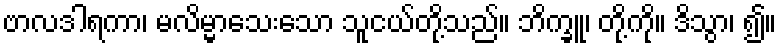
ဗာလဒါရကာ၊ မလိမ္မာသေးသော သူငယ်တို့သည်။ ဘိက္ခူ၊ တို့ကို။ ဒိသွာ၊ ၍။